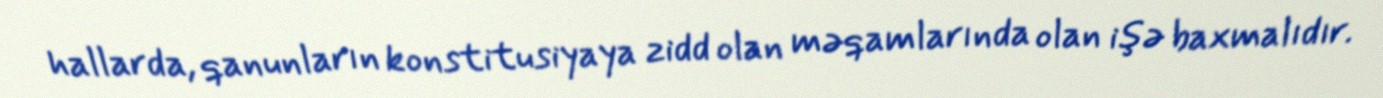
hallarda, qanunların konstitusiyaya zidd olan məqamlarında olan işə baxmalıdır.